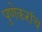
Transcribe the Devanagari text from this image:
पुणेकरांच